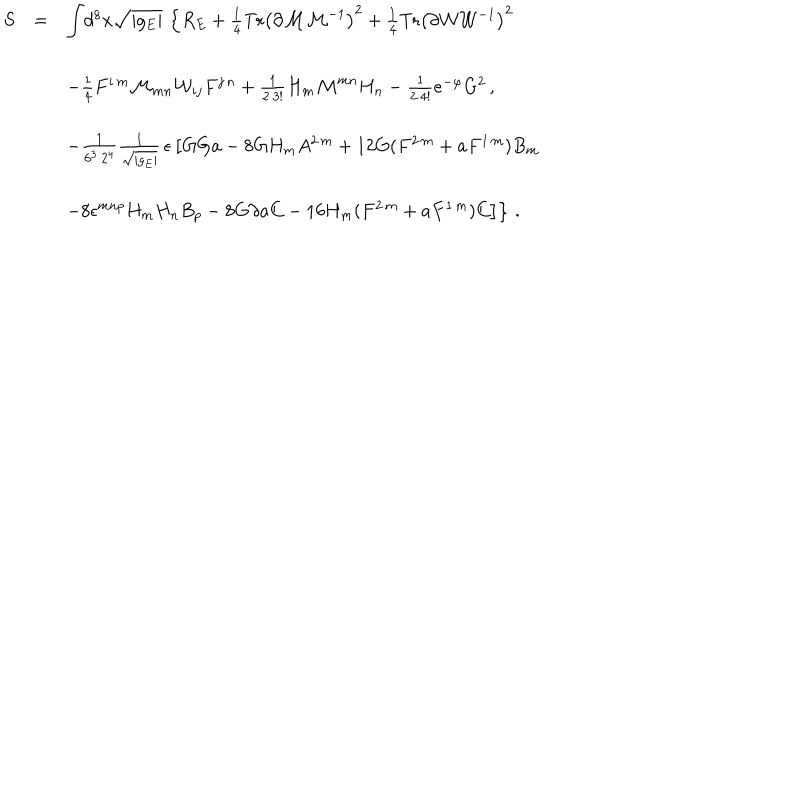
LaTeX: \begin{array} { r c l } { { S } } & { { = } } & { { { \displaystyle \int } d ^ { 8 } x \sqrt { | g _ { E } | } \, \left\{ R _ { E } + \frac { 1 } { 4 } \mathrm { T r } \left( \partial { \cal M } { \cal M } ^ { - 1 } \right) ^ { 2 } + \frac { 1 } { 4 } \mathrm { T r } \left( \partial { \cal W } { \cal W } ^ { - 1 } \right) ^ { 2 } \right. } } \\ { { } } & { { } } & { { } } \\ { { } } & { { } } & { { - \frac { 1 } { 4 } F ^ { i \, m } { \cal M } _ { m n } { \cal W } _ { i j } F ^ { j \, n } + \frac { 1 } { 2 \cdot 3 ! } H _ { m } { \cal M } ^ { m n } H _ { n } - \frac { 1 } { 2 \cdot 4 ! } e ^ { - \varphi } G ^ { 2 } \, , } } \\ { { } } & { { } } & { { } } \\ { { } } & { { } } & { { - \frac { 1 } { 6 ^ { 3 } \cdot 2 ^ { 4 } } { \textstyle \frac { 1 } { \sqrt { | g _ { E } | } } } \, \epsilon \left[ G G a - 8 G H _ { m } A ^ { 2 \, m } + 1 2 G ( F ^ { 2 \, m } + a F ^ { 1 \, m } ) B _ { m } \right. } } \\ { { } } & { { } } & { { } } \\ { { } } & { { } } & { { \left. \left. - 8 \epsilon ^ { m n p } H _ { m } H _ { n } B _ { p } - 8 G \partial a C - 1 6 H _ { m } ( F ^ { 2 \, m } + a F ^ { 1 \, m } ) C \right] \right\} \, . } } \\ \end{array}